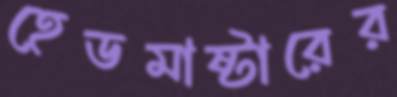
হেডমাষ্টারের